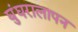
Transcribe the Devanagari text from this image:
घुंघरालापन